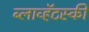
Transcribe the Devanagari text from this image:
ब्लाव्हॅटस्की